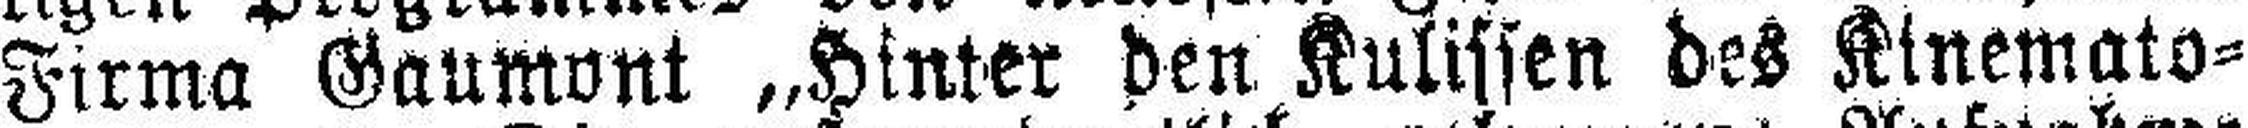
Firma Gaumont „Hinter den Kulissen des Kinemato¬